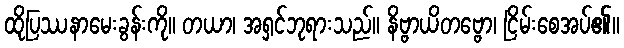
ထိုပြဿနာမေးခွန်းကို။ တယာ၊ အရှင်ဘုရားသည်။ နိဗ္ဗာယိတဗ္ဗော၊ ငြိမ်းစေအပ်၏။